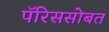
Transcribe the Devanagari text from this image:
पॅरिससोबत